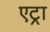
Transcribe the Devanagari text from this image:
एट्रा